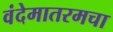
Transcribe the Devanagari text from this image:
वंदेमातरमचा